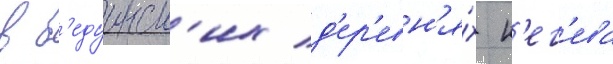
в б'едуинск'их д'ер'евн'я́х н'ег'ева